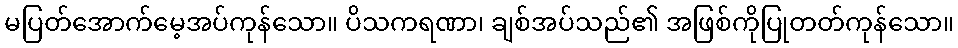
မပြတ်အောက်မေ့အပ်ကုန်သော။ ပိသကရဏာ၊ ချစ်အပ်သည်၏ အဖြစ်ကိုပြုတတ်ကုန်သော။